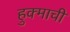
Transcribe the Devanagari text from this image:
हुक्माची